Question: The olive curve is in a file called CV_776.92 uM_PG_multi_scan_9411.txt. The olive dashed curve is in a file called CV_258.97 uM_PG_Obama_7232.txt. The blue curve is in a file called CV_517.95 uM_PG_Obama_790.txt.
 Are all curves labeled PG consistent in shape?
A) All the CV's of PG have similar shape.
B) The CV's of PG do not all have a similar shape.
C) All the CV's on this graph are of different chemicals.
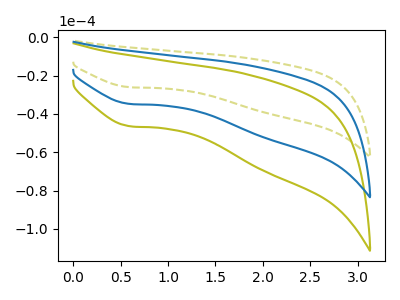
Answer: <think>The olive curve "PG, 776.92 uM" has a cathodic peak at: (0.60V, -69.55uA). The olive dashed curve "PG, 258.97 uM" has a cathodic peak at: (0.60V, -26.05uA). The blue curve "PG, 517.95 uM" has a cathodic peak at: (0.60V, -34.80uA).
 All the peaks in "PG, 776.92 uM" have a peak in "PG, 258.97 uM" at the same potential. Every peak in "PG, 776.92 uM" is higher than every peak in "PG, 258.97 uM". All the peaks in "PG, 776.92 uM" have a peak in "PG, 517.95 uM" at the same potential. Every peak in "PG, 776.92 uM" is higher than every peak in "PG, 517.95 uM". All the peaks in "PG, 258.97 uM" have a peak in "PG, 517.95 uM" at the same potential. Every peak in "PG, 258.97 uM" is lower than every peak in "PG, 517.95 uM".</think>
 <answer>A) All the CV's of "PG" have similar shape.</answer>
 <eval>A</eval>